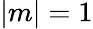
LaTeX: |m|=1